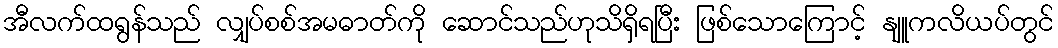
အီလက်ထရွန်သည် လျှပ်စစ်အမဓာတ်ကို ဆောင်သည်ဟုသိရှိရပြီး ဖြစ်သောကြောင့် နျူကလိယပ်တွင်